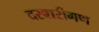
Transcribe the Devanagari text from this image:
दरबारीगण